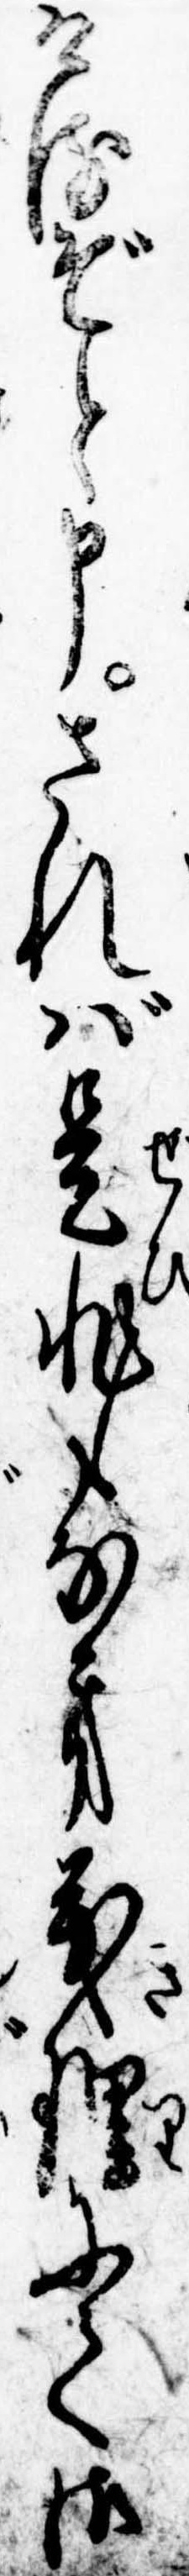
けるぞと申されば是非もなき義理にて御